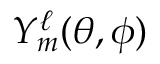
Y _ { m } ^ { \ell } ( \theta , \phi )